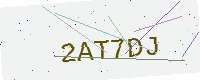
Text: 2AT7DJ